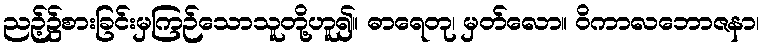
ညဉ့်၌စားခြင်းမှကြဉ်သောသူတို့ဟူ၍။ ဓာရေတု၊ မှတ်လော။ ဝိကာလဘောဇနာ၊